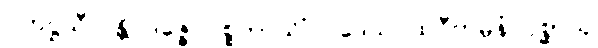
ဂဟဋ္ဌသီလန္တိ ဒဇ္ဇေ ပစ္စဘာသိံ ပဒေသပထဝီကမ္ပနံ ပုစ္ဆာသု